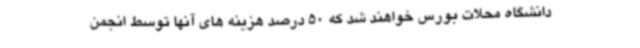
دانشگاه محلات بورس خواهند شد که 50 درصد هزینه های آنها توسط انجمن